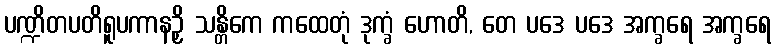
ပဏ္ဍိတပတိရူပကာနဉှိ သန္တိကေ ကထေတုံ ဒုက္ခံ ဟောတိ, တေ ပဒေ ပဒေ အက္ခရေ အက္ခရေ